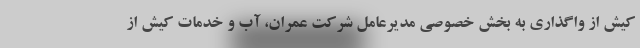
کیش از واگذاری به بخش خصوصی مدیرعامل شرکت عمران، آب و خدمات کیش از